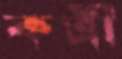
কর্ত্রী